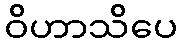
ဝိဟာသိပေ